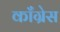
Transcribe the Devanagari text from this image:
काॅंग्रेस